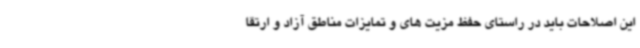
این اصلاحات باید در راستای حفظ مزیت های و تمایزات مناطق آزاد و ارتقا